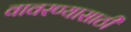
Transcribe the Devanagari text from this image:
वावरण्यासाठी